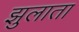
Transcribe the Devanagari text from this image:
झुलाता